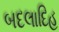
બદલાદિહ